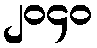
၂၀၄၀